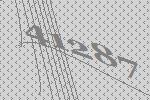
41287